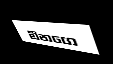
මීනගෙ